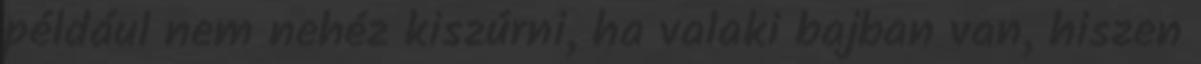
például nem nehéz kiszúrni, ha valaki bajban van, hiszen